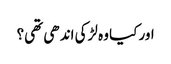
اور کیا وہ لڑکی اندھی تھی؟